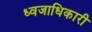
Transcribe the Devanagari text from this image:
ध्वजाधिकारी